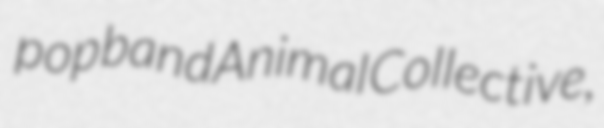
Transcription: pop band Animal Collective,